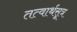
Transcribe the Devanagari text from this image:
तत्वार्थसूत्र